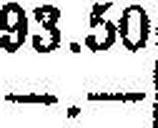
—.—